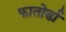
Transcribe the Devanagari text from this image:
फातोर्डा